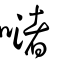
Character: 𠹲